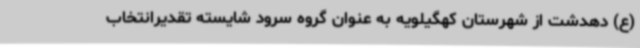
(ع) دهدشت از شهرستان کهگیلویه به عنوان گروه سرود شایسته تقدیرانتخاب